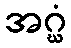
အဂ္ဃံ